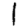
Digit: 1